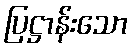
ပြဋ္ဌာန်းသော